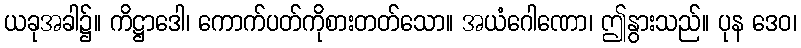
ယခုအခါ၌။ ကိဋ္ဌာဒေါ၊ ကောက်ပတ်ကိုစားတတ်သော။ အယံဂေါဏော၊ ဤနွားသည်။ ပုန ဒေဝ၊